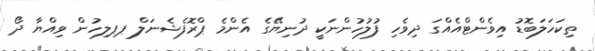
ތިކަހަލަބޮޑު އިވެންޓްއެއްގަ ދިވެހި ފުލުހުންނަކީ ދުނިޔޭގެ އެންމެ ޕްރޮފެޝެނަލް ޕޕލިހުން ވިއްޔާ ދޯ